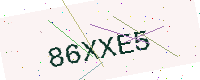
Text: 86XXE5